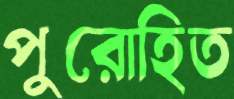
পুরোহিত